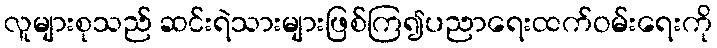
လူများစုသည် ဆင်းရဲသားများဖြစ်ကြ၍ပညာရေးထက်ဝမ်းရေးကို